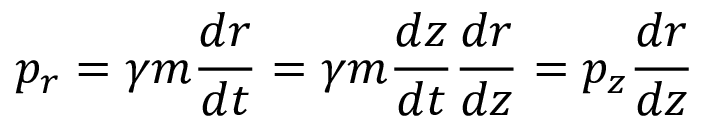
\displaystyle { p _ { r } = \gamma m \frac { d r } { d t } = \gamma m \frac { d z } { d t } \frac { d r } { d z } = p _ { z } \frac { d r } { d z } }